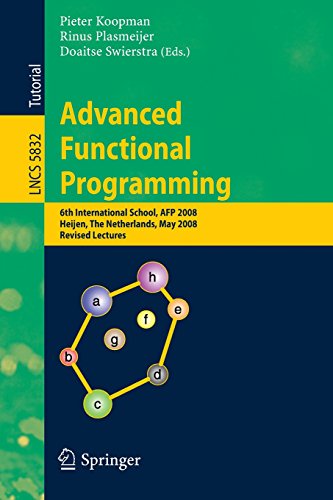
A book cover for Advanced Functional Programming: 6th International School, AFP 2008, Heijen, The Netherlands, May 19-24, 2008, Revised Lectures (Lecture Notes in ... Computer Science and General Issues); Computers & Technology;